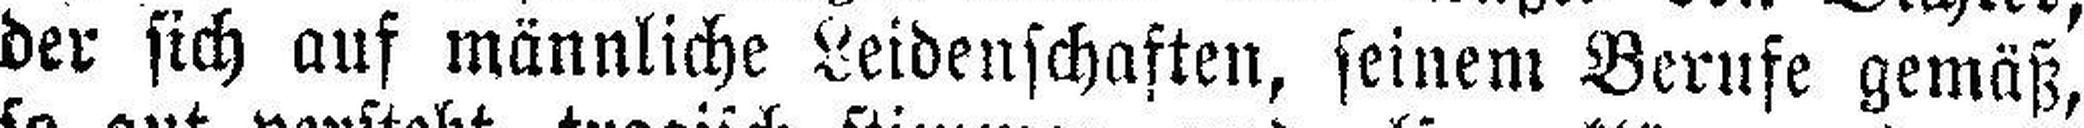
der sich auf männliche Leidenschaften, seinem Berufe gemäß,